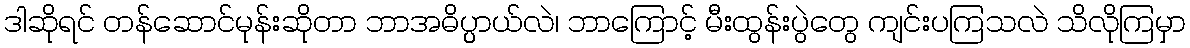
ဒါဆိုရင် တန်ဆောင်မုန်းဆိုတာ ဘာအဓိပ္ပ္ပာယ်လဲ၊ ဘာကြောင့် မီးထွန်းပွဲတွေ ကျင်းပကြသလဲ သိလိုကြမှာ